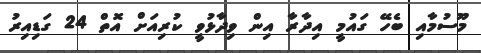
މޫސުމާއި ބެހޭ ގައުމީ އިދާރާ އިން ވިދާޅުވީ ކުރިއަށް އޮތް 24 ގަޑިއިރު